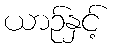
ယာဉ်နှင့်